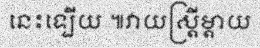
នេះទ្បើយ ៕វាយស្ត្រីម្តាយ